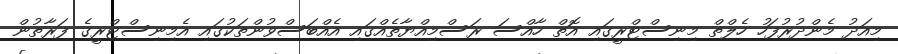
މިއަދު މެންދުރުފަހު ހެލްތް މިނިސްޓްރީގައި އޮތް ހާއްސަ ރަސްމިއްޔާތެއްގައި އެއްބަސްވުންތަކުގައި އެމިނިސްޓްރީގެ ފަރާތުން